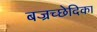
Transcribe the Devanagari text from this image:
बज्रच्छेदिका